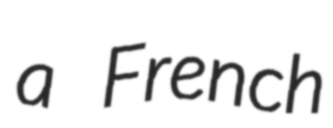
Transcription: a French